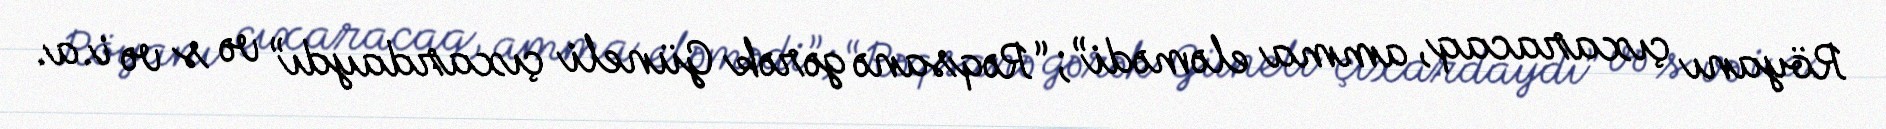
Röyanı çıxaracaq, amma eləmədi”; “Rəqsanə gərək Güneli çıxardaydı” və s və i.a.